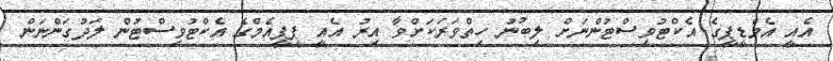
އެއީ އެމްޑީޕީގެ އެކްޓުވިސްޓުންނަށް ލިބުނު ހިތްވަރަކަށްވާ އިރު އެއީ ޕީޕީއެމްގެ އެކްޓުވިސްޓުން ލަދުގަންނަން